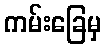
ကမ်းခြေမှ